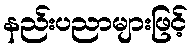
နည်းပညာများဖြင့်